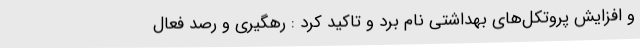
و افزایش پروتکل‌های بهداشتی نام برد و تاکید کرد : رهگیری و رصد فعال